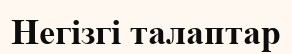
Негізгі талаптар